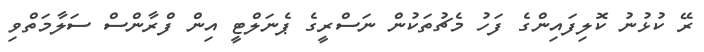
ރޭ ކުޅުނު ކޮލިފައިންގެ ފަހު މެޗުތަކުން ނަސްރީގެ ޕެނަލްޓީ އިން ފްރާންސް ސަލާމަތްވި